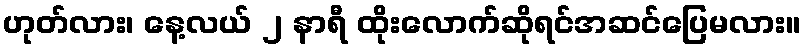
ဟုတ်လား၊ နေ့လယ် ၂ နာရီ ထိုးလောက်ဆိုရင်အဆင်ပြေမလား။